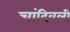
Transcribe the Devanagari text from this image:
चांदिवली